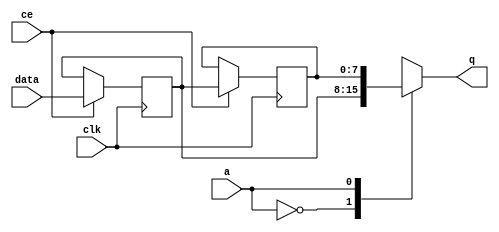
// ==============================================================
// File generated by Vivado(TM) HLS - High-Level Synthesis from C, C++ and SystemC
// Version: 2013.2
// Copyright (C) 2013 Xilinx Inc. All rights reserved.
// 
// ==============================================================


`timescale 1 ns / 1 ps

module FIFO_image_filter_p_src_data_stream_1_V_shiftReg (
    clk,
    data,
    ce,
    a,
    q);

parameter DATA_WIDTH = 32'd8;
parameter ADDR_WIDTH = 32'd1;
parameter DEPTH = 32'd2;

input clk;
input [DATA_WIDTH-1:0] data;
input ce;
input [ADDR_WIDTH-1:0] a;
output [DATA_WIDTH-1:0] q;

reg[DATA_WIDTH-1:0] SRL_SIG [0:DEPTH-1];
integer i;

always @ (posedge clk)
    begin
        if (ce)
        begin
            for (i=0;i<DEPTH-1;i=i+1)
                SRL_SIG[i+1] <= SRL_SIG[i];
            SRL_SIG[0] <= data;
        end
    end

assign q = SRL_SIG[a];

endmodule

module FIFO_image_filter_p_src_data_stream_1_V (
    clk,
    reset,
    if_empty_n,
    if_read_ce,
    if_read,
    if_dout,
    if_full_n,
    if_write_ce,
    if_write,
    if_din);

parameter MEM_STYLE = "auto";
parameter DATA_WIDTH = 32'd8;
parameter ADDR_WIDTH = 32'd1;
parameter DEPTH = 32'd2;

input clk;
input reset;
output if_empty_n;
input if_read_ce;
input if_read;
output[DATA_WIDTH - 1:0] if_dout;
output if_full_n;
input if_write_ce;
input if_write;
input[DATA_WIDTH - 1:0] if_din;

wire[ADDR_WIDTH - 1:0] shiftReg_addr ;
wire[DATA_WIDTH - 1:0] shiftReg_data, shiftReg_q;
reg[ADDR_WIDTH:0] mOutPtr = {(ADDR_WIDTH+1){1'b1}};
reg internal_empty_n = 0, internal_full_n = 1;

assign if_empty_n = internal_empty_n;
assign if_full_n = internal_full_n;
assign shiftReg_data = if_din;
assign if_dout = shiftReg_q;

always @ (posedge clk) begin
    if (reset == 1'b1)
    begin
        mOutPtr <= ~{ADDR_WIDTH+1{1'b0}};
        internal_empty_n <= 1'b0;
        internal_full_n <= 1'b1;
    end
    else begin
        if (((if_read & if_read_ce) == 1 & internal_empty_n == 1) && 
            ((if_write & if_write_ce) == 0 | internal_full_n == 0))
        begin
            mOutPtr <= mOutPtr -1;
            if (mOutPtr == 0)
                internal_empty_n <= 1'b0;
            internal_full_n <= 1'b1;
        end 
        else if (((if_read & if_read_ce) == 0 | internal_empty_n == 0) && 
            ((if_write & if_write_ce) == 1 & internal_full_n == 1))
        begin
            mOutPtr <= mOutPtr +1;
            internal_empty_n <= 1'b1;
            if (mOutPtr == DEPTH-2)
                internal_full_n <= 1'b0;
        end 
    end
end

assign shiftReg_addr = mOutPtr[ADDR_WIDTH] == 1'b0 ? mOutPtr[ADDR_WIDTH-1:0]:{ADDR_WIDTH{1'b0}};
assign shiftReg_ce = (if_write & if_write_ce) & internal_full_n;

FIFO_image_filter_p_src_data_stream_1_V_shiftReg 
#(
    .DATA_WIDTH(DATA_WIDTH),
    .ADDR_WIDTH(ADDR_WIDTH),
    .DEPTH(DEPTH))
U_FIFO_image_filter_p_src_data_stream_1_V_ram (
    .clk(clk),
    .data(shiftReg_data),
    .ce(shiftReg_ce),
    .a(shiftReg_addr),
    .q(shiftReg_q));

endmodule